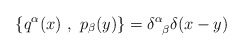
\begin{align*}\left\{ q^{\alpha}(x)~,~{p}_{\beta}(y)\right\}= \delta^{\alpha}_{\hphantom{\alpha}\beta} \delta (x-y)\end{align*}